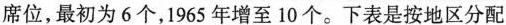
席位，最初为6个，1965年增至10个。下表是按地区分配